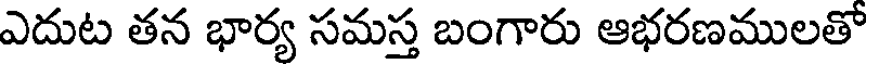
ఎదుట తన భార్య సమస్త బంగారు ఆభరణములతో